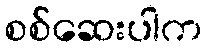
စစ်ဆေးပါက